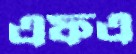
এফএ